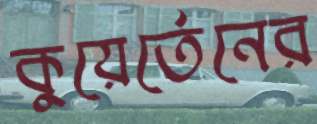
কুয়ের্তেনের